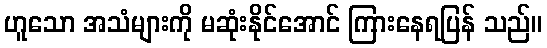
ဟူသော အသံများကို မဆုံးနိုင်အောင် ကြားနေရပြန် သည်။